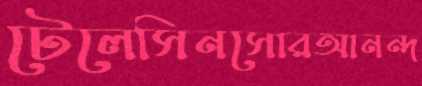
টেলেসিনসোরআনন্দ